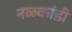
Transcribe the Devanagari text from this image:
नळकांडी